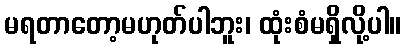
မရတာတော့မဟုတ်ပါဘူး၊ ထုံးစံမရှိလို့ပါ။